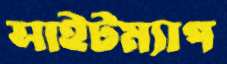
সাইটম্যাপ